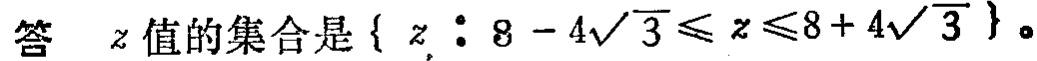
答 \(z\) 值的集合是 \(\{ z : 8 - 4\sqrt{3} \leq z \leq 8 + 4\sqrt{3}\}\)。